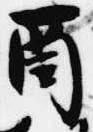
酉